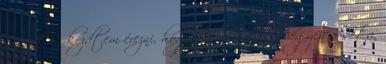
nap után kezdtem érezni, hogy kényelmesebb legyen a séta,